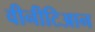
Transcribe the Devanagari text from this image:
वीनीटिआन